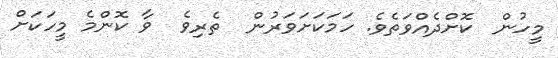
މީހުން  ކޮށްދެއްވަތެވެ. ހަމަކަށަވަރުން  ތެރިވެ  ވާ ކޮންމެ މީހަކަށް